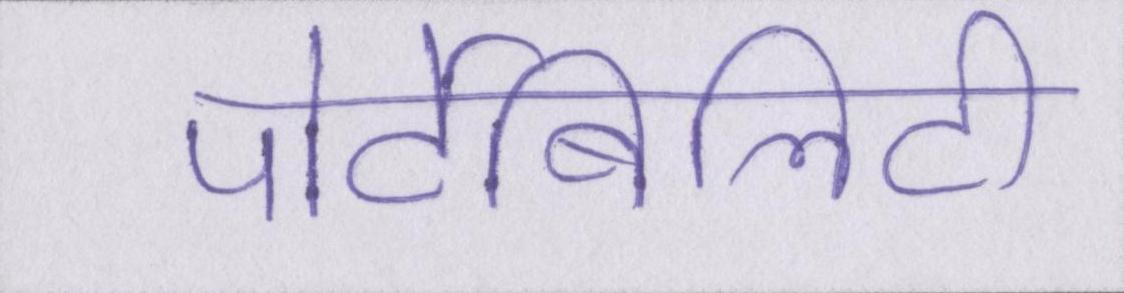
पोर्टेबिलिटी